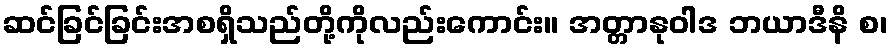
ဆင်ခြင်ခြင်းအစရှိသည်တို့ကိုလည်းကောင်း။ အတ္တာနုဝါဒ ဘယာဒီနိ စ၊